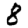
Digit: 8